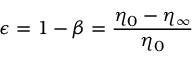
\epsilon = 1 - \beta = \frac { \eta _ { 0 } - \eta _ { \infty } } { \eta _ { 0 } }